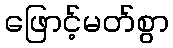
ဖြောင့်မတ်စွာ